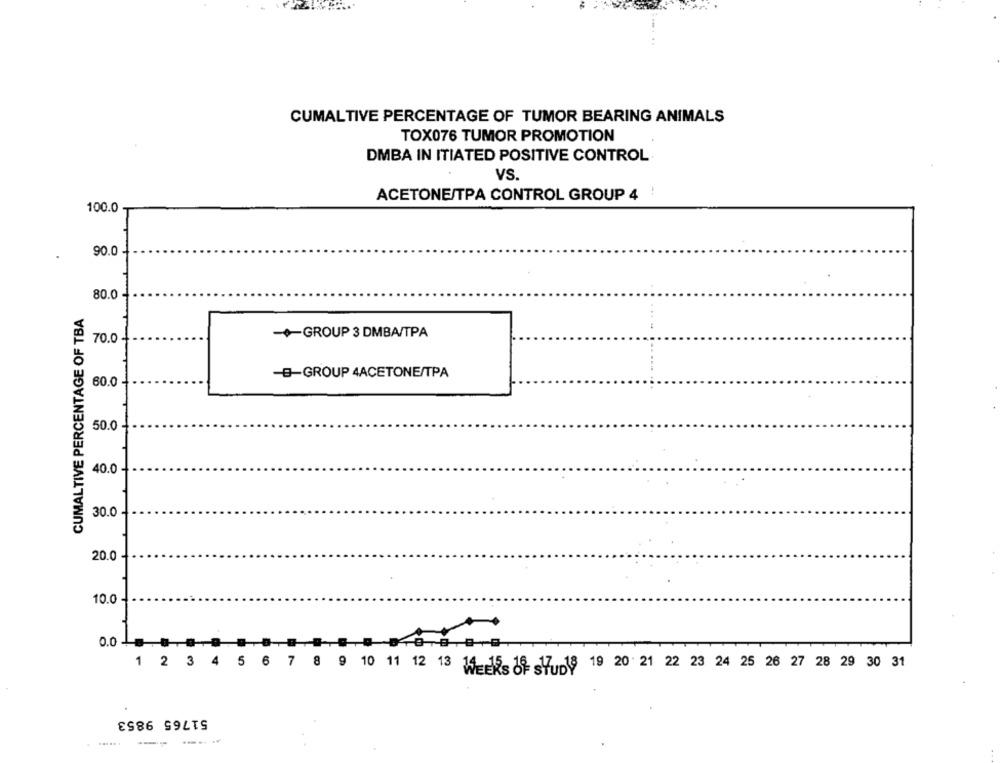
CUMALTIVE PERCENTAGE OF TUMOR BEARING ANIMALS
TOX076 TUMOR PROMOTION
DMBA IN ITIATED POSITIVE CONTROL
VS.
ACETONE/TPA CONTROL GROUP 4 !
100.0
90.0
80.0
CUMALTIVE PERCENTAGE OF TBA
GROUP 3 DMBA/TPA
70.0
-B-GROUP 4ACETONE/TPA
60.0 -
+
50.0 -
40.0
30.0
20.0
10.0
1 2 3 4 5 6 7 8 9 10 11 12 13 14 15 16 17 18 19 20 21 22 23 24 25 26 27 28 29 30 31
51765 9853
---